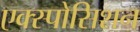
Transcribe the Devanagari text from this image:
एक्स्पोसिशन